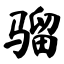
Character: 骝